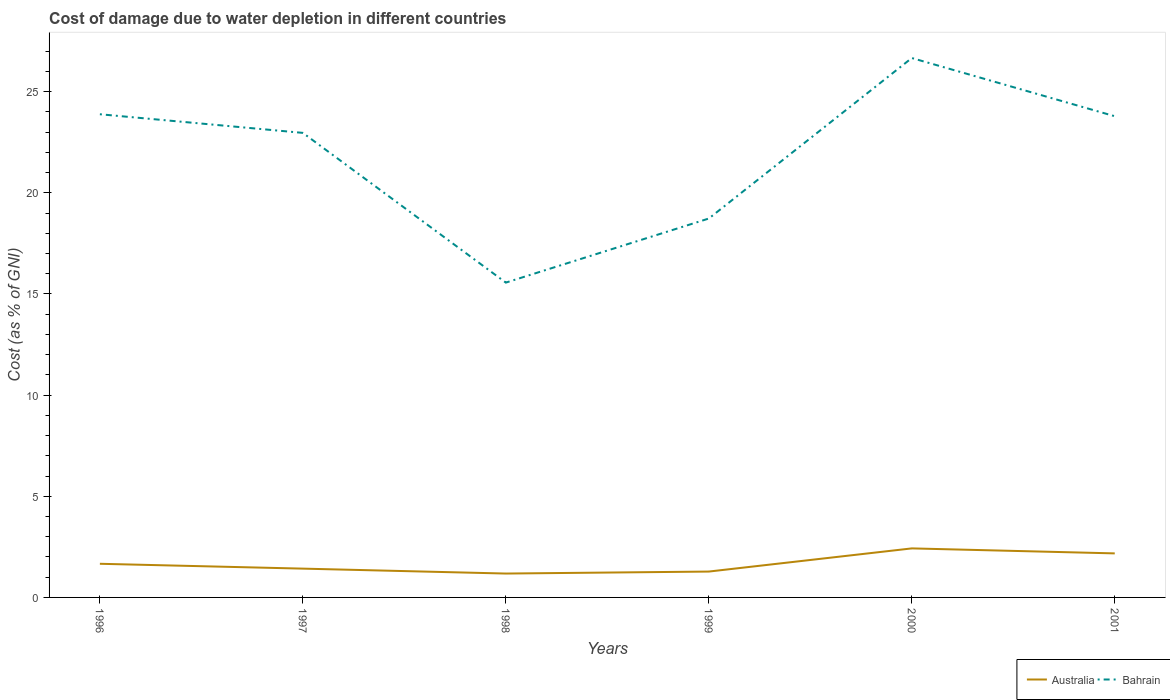
| Years | Australia | Bahrain |
 | --- | --- | --- |
 | 1996 | 1.66 | 23.9 |
 | 1997 | 1.42 | 23 |
 | 1998 | 1.18 | 15.6 |
 | 1999 | 1.28 | 18.7 |
 | 2000 | 2.42 | 26.7 |
 | 2001 | 2.18 | 23.8 |